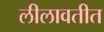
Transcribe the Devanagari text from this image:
लीलावतीत